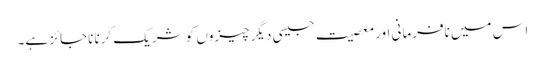
اس میں نافرمانی اور معصیت جیسی دیگر چیزوں کو شریک کرنا ناجائز ہے۔